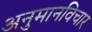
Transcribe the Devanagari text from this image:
अनुमानविचार